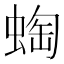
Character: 蜪